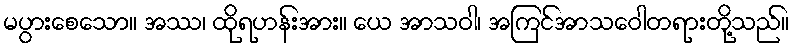
မပွားစေသော။ အဿ၊ ထိုရဟန်းအား။ ယေ အာသဝါ၊ အကြင်အာသဝေါတရားတို့သည်။